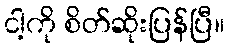
ငါ့ကို စိတ်ဆိုးပြန်ပြီ။